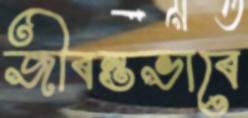
জীবন্তভাবে